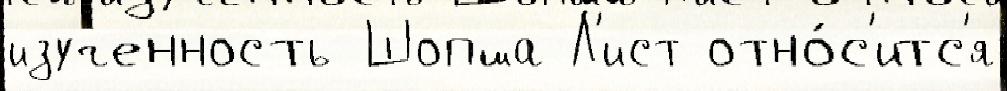
изученность Шопша Л'ист отно́с'итс'я